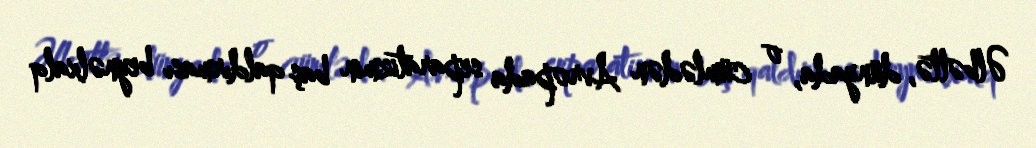
Əlbəttə, dünyada, o cümlədən Avropada separatizmin baş qaldırması beynəlxalq